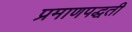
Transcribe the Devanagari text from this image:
प्रमाणपद्धती